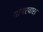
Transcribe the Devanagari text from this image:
नांगरवास